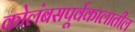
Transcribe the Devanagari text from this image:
कोलंबसपूर्वकालातील